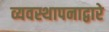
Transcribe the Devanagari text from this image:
व्यवस्थापनाद्वारे